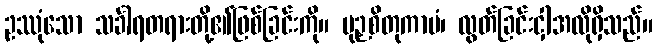
ဥဿုံသော သင်္ခါရတရားတို့၏ဖြစ်ခြင်းကို။ မုဉှစိတုကာမံ၊ လွတ်ခြင်းငှါအလိုရှိသည်။